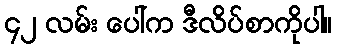
၄၂ လမ်း ပေါ်က ဒီလိပ်စာကိုပါ။